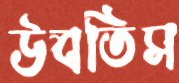
উবতিস